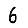
Digit: 6